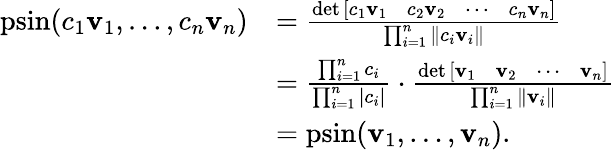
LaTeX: {\begin{array}{rl}{\operatorname{psin}(c_{1}\mathbf{v}_{1},\dots,c_{n}\mathbf{v}_{n})}&{={\frac{\operatorname*{det}{\left[\begin{array}{llll}{c_{1}\mathbf{v}_{1}}&{c_{2}\mathbf{v}_{2}}&{\cdots}&{c_{n}\mathbf{v}_{n}}\end{array}\right]}}{\prod_{i=1}^{n}\| c_{i}\mathbf{v}_{i}\| }}}\\ &{={\frac{\prod_{i=1}^{n}c_{i}}{\prod_{i=1}^{n}|c_{i}|}}\cdot{\frac{\operatorname*{det}{\left[\begin{array}{llll}{\mathbf{v}_{1}}&{\mathbf{v}_{2}}&{\cdots}&{\mathbf{v}_{n}}\end{array}\right]}}{\prod_{i=1}^{n}\| \mathbf{v}_{i}\| }}}\\ &{=\operatorname{psin}(\mathbf{v}_{1},\dots,\mathbf{v}_{n}).}\end{array}}